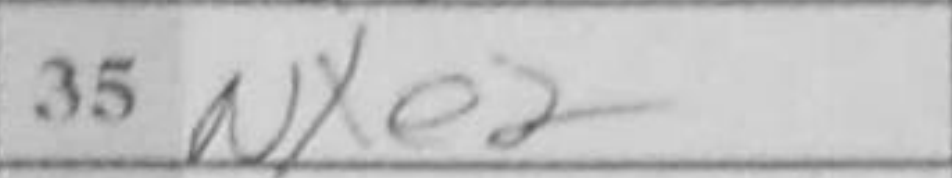
Transcription: Nxe2